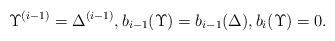
LaTeX: \begin{align*}\Upsilon^{(i-1)}=\Delta^{(i-1)}, b_{i-1} (\Upsilon)=b_{i-1} (\Delta),b_{i}(\Upsilon)=0.\end{align*}